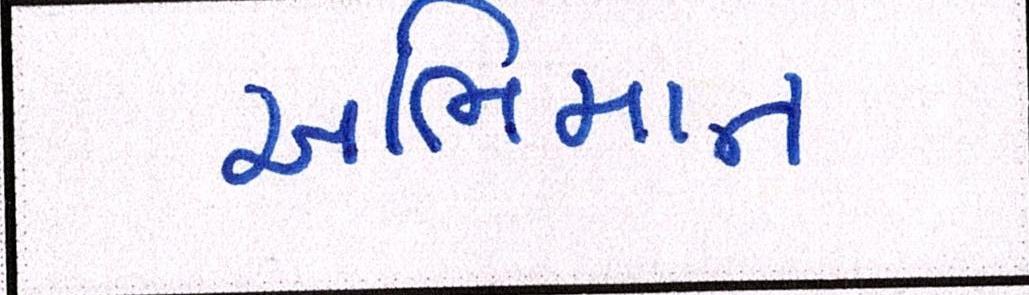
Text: અભિમાન